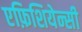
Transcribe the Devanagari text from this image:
एफ़िशियेन्सी